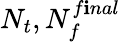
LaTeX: N_{t},N_{f}^{f\mathbf{i}nal}